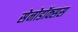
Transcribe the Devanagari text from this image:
सेनोडॉक्सस